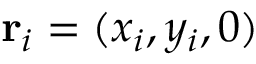
\mathbf { r } _ { i } = ( x _ { i } , y _ { i } , 0 )